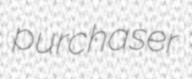
purchaser